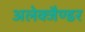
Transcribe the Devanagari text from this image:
अलेक्जैण्डर